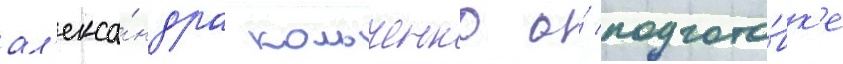
ал'екса́ндра кольченко о́ подгото́вк'е